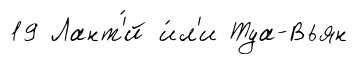
19 Лант'́й и́л'и Туа-Вьян